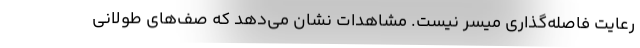
رعایت فاصله‌گذاری میسر نیست. مشاهدات نشان می‌دهد که صف‌های طولانی